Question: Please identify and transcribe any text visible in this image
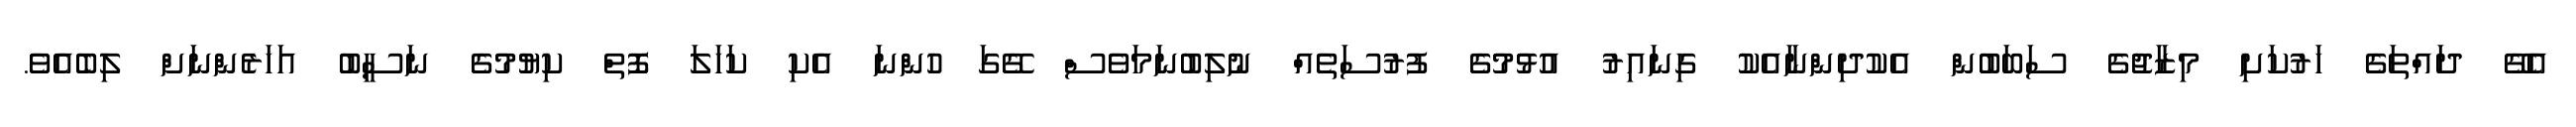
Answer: އެގޭ ދައްތަގެ ހަރުކަށި މިޒާޖުގެ ސަބަބުން އެކުދިންނާއެކު ގިނައިރު އުޅުމުގެ ފުރުސަތެއް ނުލިބުނަމަވެސް ގޭގަ ހުންނަ އެކި ކަހަލަ ފޮތް ކިޔުމުގެ ނަސީބު އަހަރެންނަށް ލިބެއެވެ.